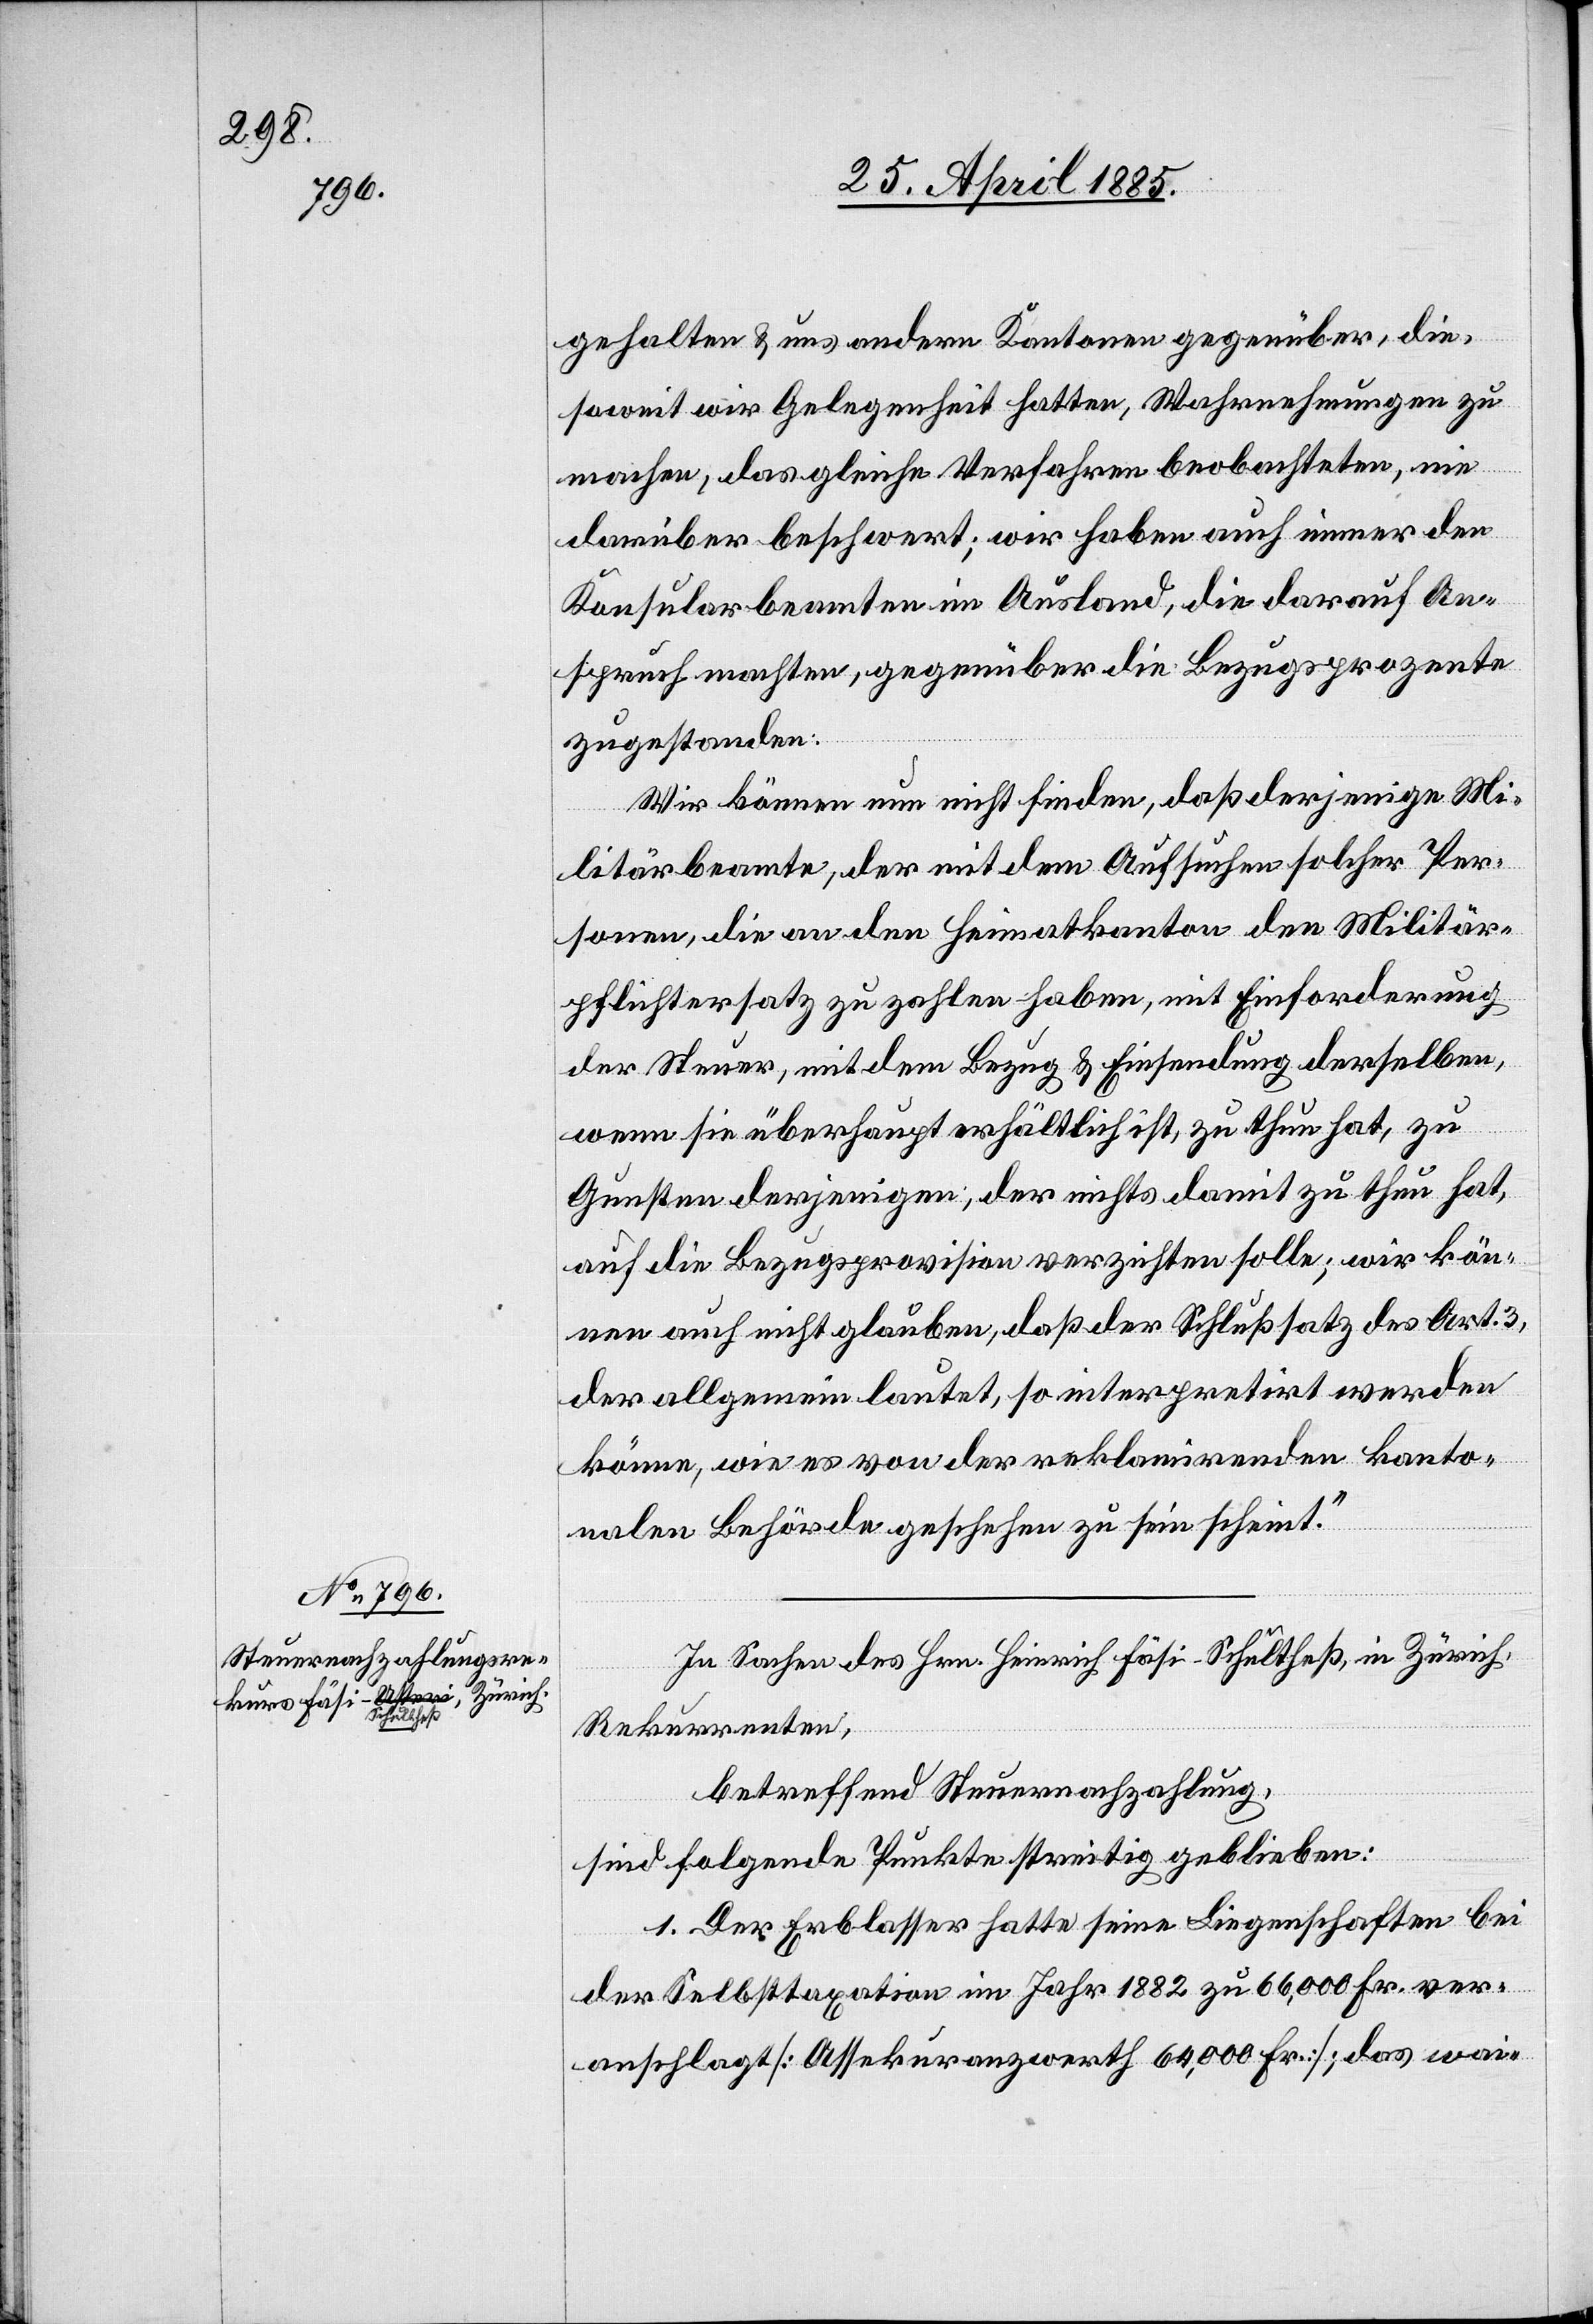
gehalten & uns andern Kantonen gegenüber, die
soweit wir Gelegenheit hatten Wahrnehmungen zu
machen, das gleiche Verfahren beobachteten, nie
darüber beschwert; wir haben auch immer den
Konsularbeamten im Ausland, die darauf An¬
spruch machten, gegenüber die Bezugsprozente
zugestanden.
Wir können nun nicht finden, daß derjenige Mi¬
litärbeamte, der mit dem Aufsuchen solcher Per¬
sonen, die an den Heimatkanton den Militär¬
pflichtersatz zu zahlen haben, mit Einforderung
der Steuer, mit dem Bezug & Einsendung derselben,
wenn sie überhaupt erhältlich ist, zu thun hat, zu
Gunsten derjenigen, der nichts damit zu thun hat,
auf die Bezugsprovision verzichten solle; wir kön¬
nen auch nicht glauben, daß der Schlußsatz des Art. 3,
der allgemein lautet, so interpretirt werden
könne, wie es von der reklamirenden kanto¬
nalen Behörde geschehen zu sein scheint.“
In Sachen des Hrn. Heinrich Fäsi-Schultheß, in Zürich,
Rekurrenten,
betreffend Steuernachzahlung,
sind folgende Punkte streitig geblieben:
1. Der Erblasser hatte seine Liegenschaften bei
der Selbsttaxation im Jahr 1882 zu 66,000 Fr. ver¬
anschlagt [Assekuranzwerth 64,000 Fr.]; das wai-